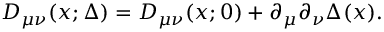
D _ { \mu \nu } ( x ; \Delta ) = D _ { \mu \nu } ( x ; 0 ) + \partial _ { \mu } \partial _ { \nu } \Delta ( x ) .